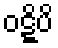
ဝဋ္ဋိပိ